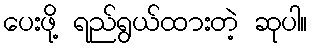
ပေးဖို့ ရည်ရွယ်ထားတဲ့ ဆုပါ။